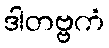
ဒါတဗ္ဗကံ